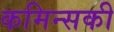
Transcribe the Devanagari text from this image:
कमिन्सकी